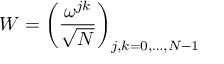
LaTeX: W = \left( { \frac { \omega ^ { j k } } { \sqrt { N } } } \right) _ { j , k = 0 , \ldots , N - 1 }